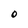
Character: O